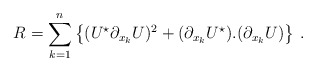
\begin{align*}R = \sum_{k=1}^{n} \left \{ (U^\star \partial_{x_k} U)^2 +(\partial_{x_k} U^\star ).(\partial_{x_k} U)\right \} \, .\end{align*}